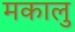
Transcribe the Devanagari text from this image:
मकालु